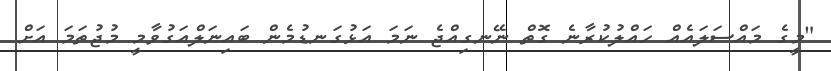
"މީގެ މައްސަލައެއް ހައްލުކުރާނެ ގޮތް ނޭނގިއްޖެ ނަމަ އަޅުގަނޑުމެން ބައިނަލްއަގުވާމީ މުޖުތަމަ އަށް